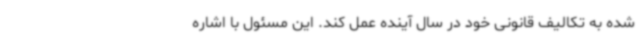
شده به تکالیف قانونی خود در سال آینده عمل کند. این مسئول با اشاره